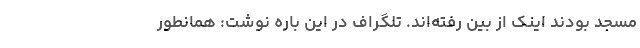
مسجد بودند اینک از بین رفته‌اند. تلگراف در این باره نوشت: همانطور